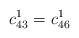
LaTeX: \begin{align*}c_{43}^1=c_{46}^1\end{align*}